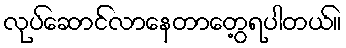
လုပ်ဆောင်လာနေတာတွေ့ရပါတယ်။